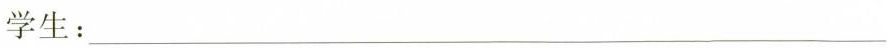
学生：___